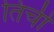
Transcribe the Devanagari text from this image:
तिचीं